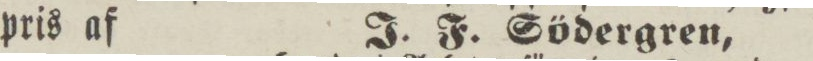
pris af    J. F. Södergren,